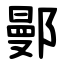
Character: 鄤